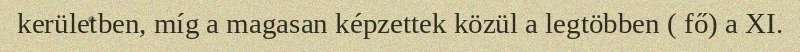
kerületben, míg a magasan képzettek közül a legtöbben ( fő) a XI.